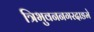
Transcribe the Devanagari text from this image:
त्रिभुवननगरदाङमे